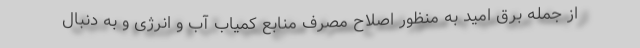
از جمله برق امید به منظور اصلاح مصرف منابع کمیاب آب و انرژی و به دنبال